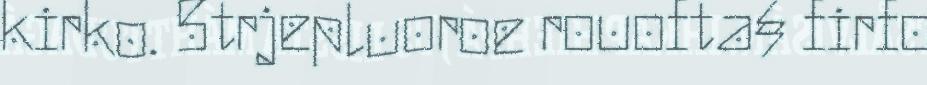
kirko. 5trjepluoroe rouofta§ firfo